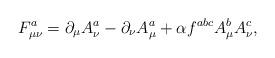
LaTeX: \begin{align*}F^a_{\mu\nu} = \partial_{\mu} A^a_{\nu} - \partial_{\nu} A^a_{\mu} +\alpha f^{abc} A^b_{\mu} A^c_{\nu} ,\end{align*}